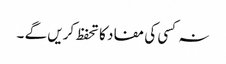
نہ کسی کی مفاد کا تحفظ کریں گے ۔